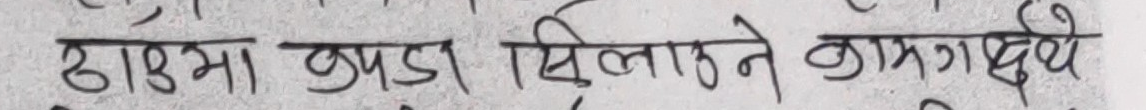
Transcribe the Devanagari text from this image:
ठाउमा कपडा सिलाउने काम गर्दछौ ।